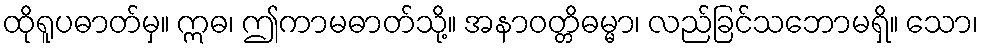
ထိုရူပဓာတ်မှ။ ဣဓ၊ ဤကာမဓာတ်သို့။ အနာဝတ္တိဓမ္မာ၊ လည်ခြင်သဘောမရှိ။ သော၊